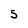
Character: S